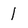
Character: l